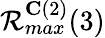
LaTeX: \mathcal{R}_{max}^{\mathbf{C}(2)}(3)